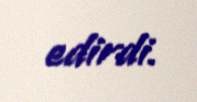
edirdi.